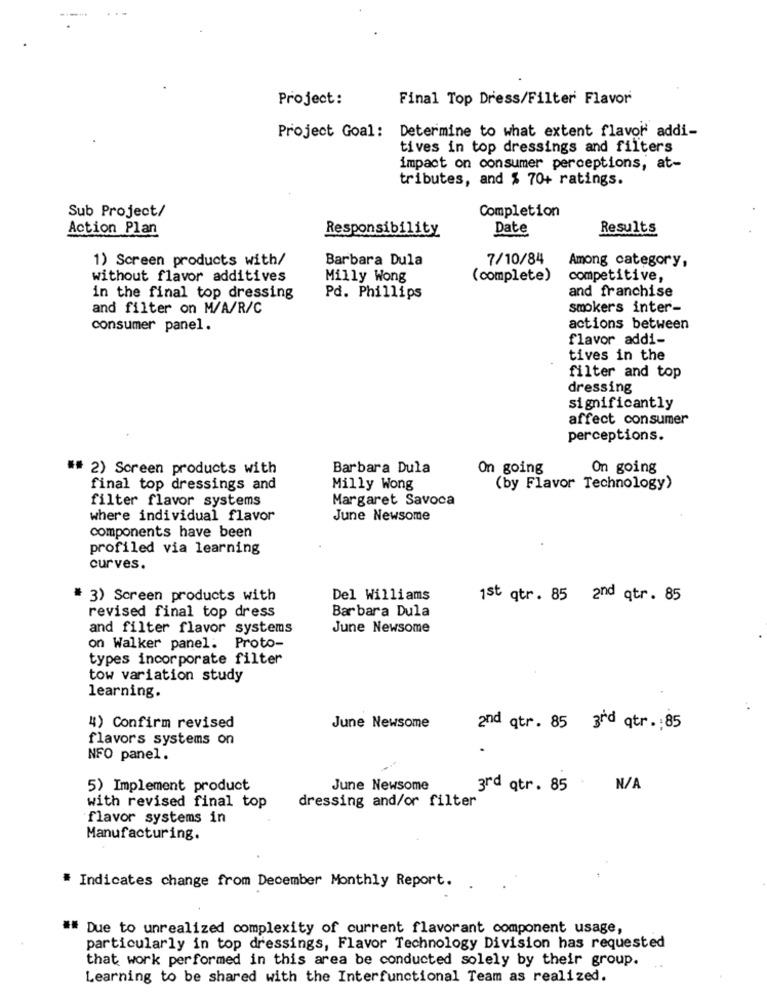
Project:
Final Top Dress/Filter Flavor
Project Goal: Determine to what extent flavor addi-
tives in top dressings and filters
impact on consumer perceptions, at-
tributes, and $ 70+ ratings.
Sub Project/
Completion
Action Plan
Responsibility
Date
Results
1) Screen products with/
Barbara Dula
7/10/84
Among category,
without flavor additives
Milly Wong
(complete)
competitive,
and franchise
in the final top dressing
Pd. Phillips
and filter on M/A/R/C
smokers inter-
consumer panel.
actions between
flavor addi-
tives in the
filter and top
dressing
significantly
affect consumer
perceptions.
## 2) Screen products with
Barbara Dula
On going
On going
final top dressings and
Milly Wong
(by Flavor Technology)
filter flavor systems
Margaret Savoca
where individual flavor
June Newsome
components have been
profiled via learning
curves.
# 3) Screen products with
Del Williams
1st qtr. 85 2nd qtr. 85
Barbara Dula
revised final top dress
and filter flavor systems
June Newsome
on Walker panel.
Proto-
types incorporate filter
tow variation study
learning.
4) Confirm revised
June Newsome
and qtr. 85 3rd qtr. 85
flavors systems on
NFO panel.
5) Implement product
June Newsome
3rd qtr. 85 .
with revised final top
dressing and/or filter
flavor systems in
Manufacturing.
Indicates change from December Monthly Report.
## Due to unrealized complexity of current flavorant component usage,
particularly in top dressings, Flavor Technology Division has requested
that work performed in this area be conducted solely by their group.
Learning to be shared with the Interfunctional Team as realized.